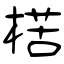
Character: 楛